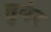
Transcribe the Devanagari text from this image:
तुवंर